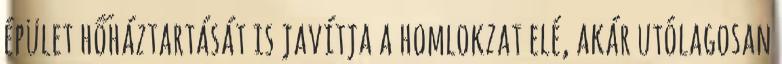
épület hőháztartását is javítja a homlokzat elé, akár utólagosan